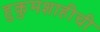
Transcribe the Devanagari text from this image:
हुकुमशाहीची